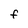
Character: F